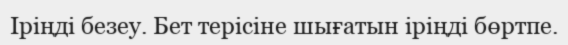
Іріңді безеу. Бет терісіне шығатын іріңді бөртпе.